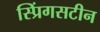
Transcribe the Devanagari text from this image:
स्प्रिंगसटीन